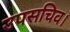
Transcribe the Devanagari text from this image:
उपसचिव।